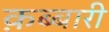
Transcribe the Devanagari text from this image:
क़ब्बारी